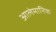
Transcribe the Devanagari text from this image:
आलेमानिक